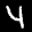
Label: 4